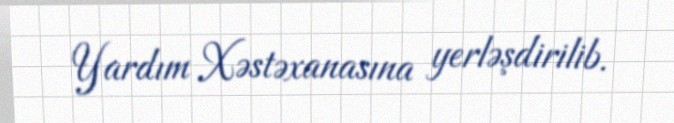
Yardım Xəstəxanasına yerləşdirilib.